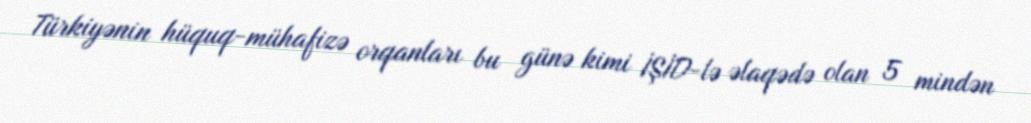
Türkiyənin hüquq-mühafizə orqanları bu günə kimi İŞİD-lə əlaqədə olan 5 mindən